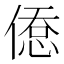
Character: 𢞋